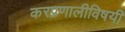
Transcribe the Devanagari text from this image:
करप्रणालीविषयी